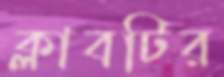
ক্লাবটির